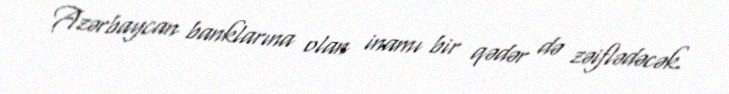
Azərbaycan banklarına olan inamı bir qədər də zəiflədəcək.